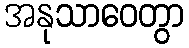
အနုသာဝေတွာ